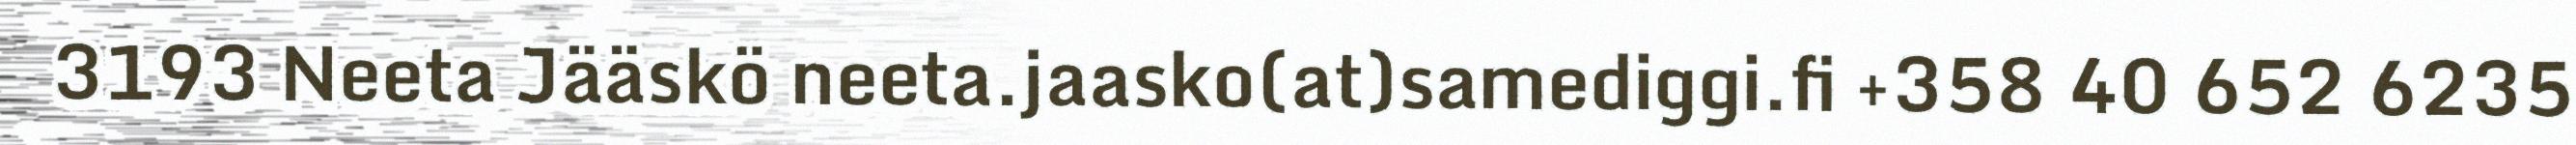
3193 Neeta Jääskö neeta.jaasko(at)samediggi.fi +358 40 652 6235